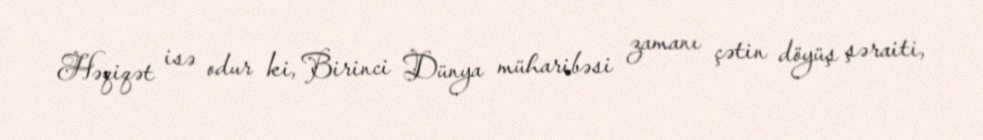
Həqiqət isə odur ki, Birinci Dünya müharibəsi zamanı çətin döyüş şəraiti,